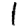
Digit: 1